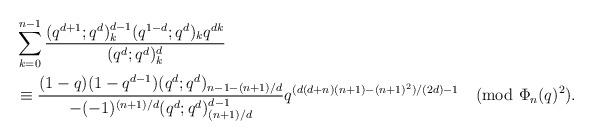
LaTeX: \begin{align*}&\sum_{k=0}^{n-1}\frac{(q^{d+1};q^d)_k^{d-1}(q^{1-d};q^d)_kq^{dk}}{(q^d;q^d)_k^d}\\&\equiv \frac{(1-q)(1-q^{d-1})(q^d;q^d)_{n-1-(n+1)/d}}{-(-1)^{(n+1)/d}(q^d;q^d)_{(n+1)/d}^{d-1}}q^{(d(d+n)(n+1)-(n+1)^2)/(2d)-1}\pmod{\Phi_n(q)^2}.\end{align*}